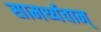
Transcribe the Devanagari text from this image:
सामर्थ्यवान्